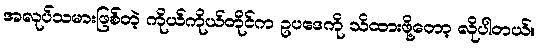
အလုပ်သမားဖြစ်တဲ့ ကိုယ်ကိုယ်တိုင်က ဥပဒေကို သိထားဖို့တော့ လိုပါတယ်။